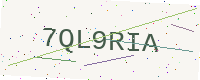
Text: 7QL9RIA